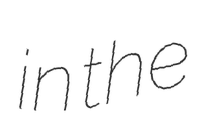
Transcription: in the